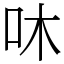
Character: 㕲